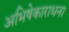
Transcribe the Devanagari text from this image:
अभिषेकाराधना